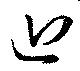
近